Medical and sanitary report of the native army of Bengal for the year
Year: 1875
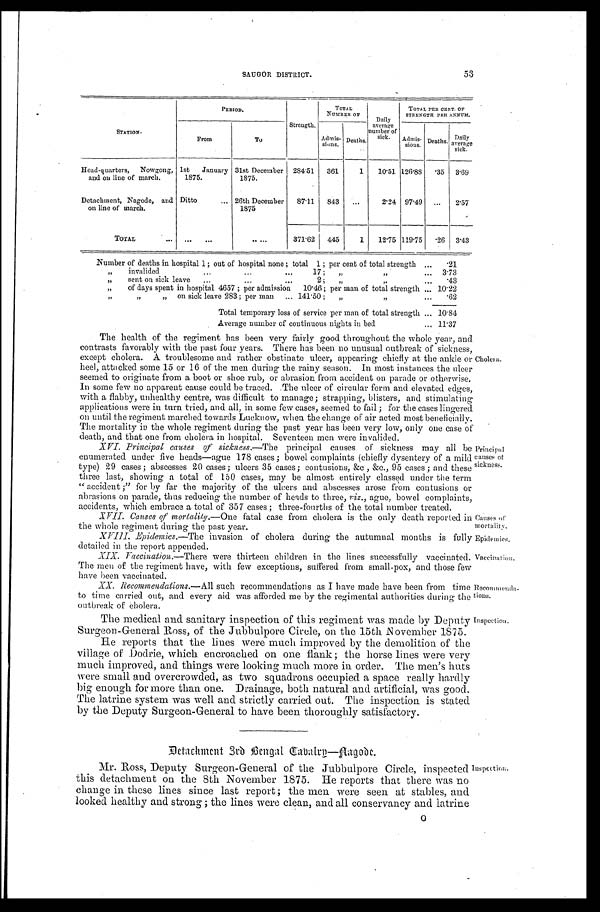
Causes of
mortality.
Epidemics.
Vaccination.
53
SAUGOR DISTRICT.
S T A T I O N .
PERIOD.
Strength.
TOTAL
NUMBER oF
Daily
average
number of
sick.
TOTAL PER CENT. OF
STRENGTH PER ANNUM.
From
To
Admis-
sions.
Deaths.
Admis-
sious.
Deaths.
Daily average
sick.
Head-quarters, Nowgong,
and on line of march.
1st January
1875.
31st December
1875.
284.51
361
1
10-51 126.88
.35
3.69
Detachment, Nagode, and
on line of march.
Ditto . . . 26th December
1875
87.11
843
. . .
2.24 97.49
. . .
2.57
TOTAL . . .
. . .
. . . 371.62
445
1
12.75 119.75
.26
3.43
Number of deaths in hospital 1; out of hospital none; total 1; per cent of total strength . . .
.21
" invalided . . . 17; " " . . .
3.73
" sent on sick leave . . . 2
.43
" of days spent in hospital 4657; per admission 10.46; per man of total strength . . . 10.22
" " " on sick leave 283; per man
. . . 141.50 ; " " . . .
.62
Total temporary loss of service per man of total strength . . . 10.84
Average number of continuous nights in bed . . . 11.37
The health of the regiment has been very fairly good throughout the whole year, and
contrasts favorably with the past four years. There has been no unusual outbreak of sickness,
except cholera. A troublesome and rather obstinate ulcer, appearing chiefly at the ankle or
heel, attacked some 15 or 16 of the men during the rainy season. In most instances the ulcer
seemed to originate from a boot or shoe rub, or abrasion from accident on parade or otherwise.
In some few no apparent cause could be traced. The ulcer of circular form and elevated edges,
with a flabby, unhealthy centre, was difficult to manage; strapping, blisters, and stimulating
applications were in turn tried, and all, in some few cases, seemed to fail; for the cases lingered
on until the regiment marched towards Lucknow, when the change of air acted most beneficially.
The mortality in the whole regiment during- the past year has been very low, only one case of
death, and that one from cholera in hospital. Seventeen men were invalided.
XVI. Principal causes of sickness .—The principal causes of sickness may all be
enumerated under five heads—ague 178 cases ; bowel complaints (chiefly dysentery of a mild
type) 29 cases ; abscesses 20 cases; ulcers 35 cases; contusions, &c , 95 cases ; and these
three last, showing a total of 150 cases, may be almost entirely classed under the term
accident ;" for by far the majority of the ulcers and abscesses arose from contusions or
abrasions on parade, thus reducing the number of heads to three, viz., ague, bowel complaints,
accidents, which embrace a total of 357 cases ; three-fourths of the total number treated.
Cholera.
Principal
causes of:
sickness.
XVII. Causes of mortality .—One fatal case from cholera is the only death reported in
the whole repiment during the past year.
XVIII. Epidemics.—The invasion of cholera during the autumnal months is fully
detailed in report appended.
XI X. Facci nat i on. —Ther e wer e t hi r t een chi l dr en i n t he l i nes s ucces s f ul l y vacci nat ed. The men of t he r egi ment have, wi t h f ew except i ons , s uf f er ed f r om s mal l - pox, and t hos e f ew have been vacci nat ed.
XX. Recommeudations .—All such recommendations as I have made have been from time
to time carried out, and every aid was afforded me by the regimental authorities during- the
outbreak of cholera.
Recommenda-
tions.
The medical and sanitary inspection of this regiment was made by Deputy
Surgeon-General Ross, of the Jubbulpore Circle, on the 15th November 1875.
He reports that the lines were much improved by the demolition of the
village of Dodrie, which encroached on one flank ; the horse lines were very
much improved, and things were looking much more in order. The men's huts
were small and overcrowded, as two squadrons occupied a space really hardly
big enough for more than one. Drainage, both natural and artificial, was good.
The latrine system was well and strictly carried out. The inspection is stated
by the Deputy Surgeon-General to have been thoroughly satisfactory.
Inspection.
Detachment 3rd Bengal cabalry—Aagode.
Mr. Ross, Deputy Surgeon-General of the Jubbulpore Circle, inspected
this detachment on the 8th November 1875. He reports that there was no
change in these lines since last report; the men were seen. at stables, and
looked healthy and strong ; the lines were clean, and all conservancy and latrine
Inspecti on.